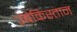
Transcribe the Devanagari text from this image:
उबेकिस्तान